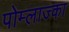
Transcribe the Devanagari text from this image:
पोम्लाज्का